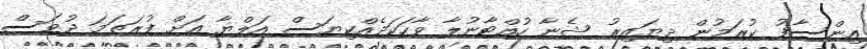
އިންސާފު ކުރަމުން ދިޔައިރު ޝެނާ ހުއްޓާނުލާ ވާހަކަދެއްކިޔަސް އަލްޔާ އަށް ފުރަތަމަ ދުވަސް